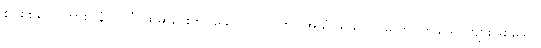
စင်စစ်သော်ကား။ နံပုဂ္ဂလံ၊ ထိုဆည်းကပ်သော ပုဂ္ဂိုလ်ကို။ အယံပူရိသ ပုဂ္ဂလော၊ ဤယောကျ်ားဖြစ်သော